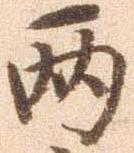
両